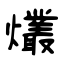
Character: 爜